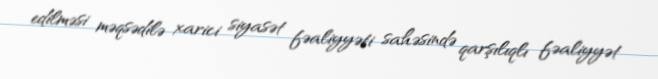
edilməsi məqsədilə xarici siyasət fəaliyyəti sahəsində qarşılıqlı fəaliyyət